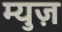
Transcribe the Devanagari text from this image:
म्युज़